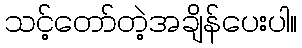
သင့်တော်တဲ့အချိန်ပေးပါ။